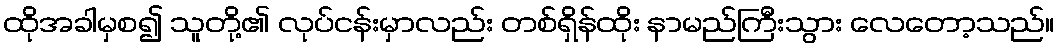
ထိုအခါမှစ၍ သူတို့၏ လုပ်ငန်းမှာလည်း တစ်ရှိန်ထိုး နာမည်ကြီးသွား လေတော့သည်။